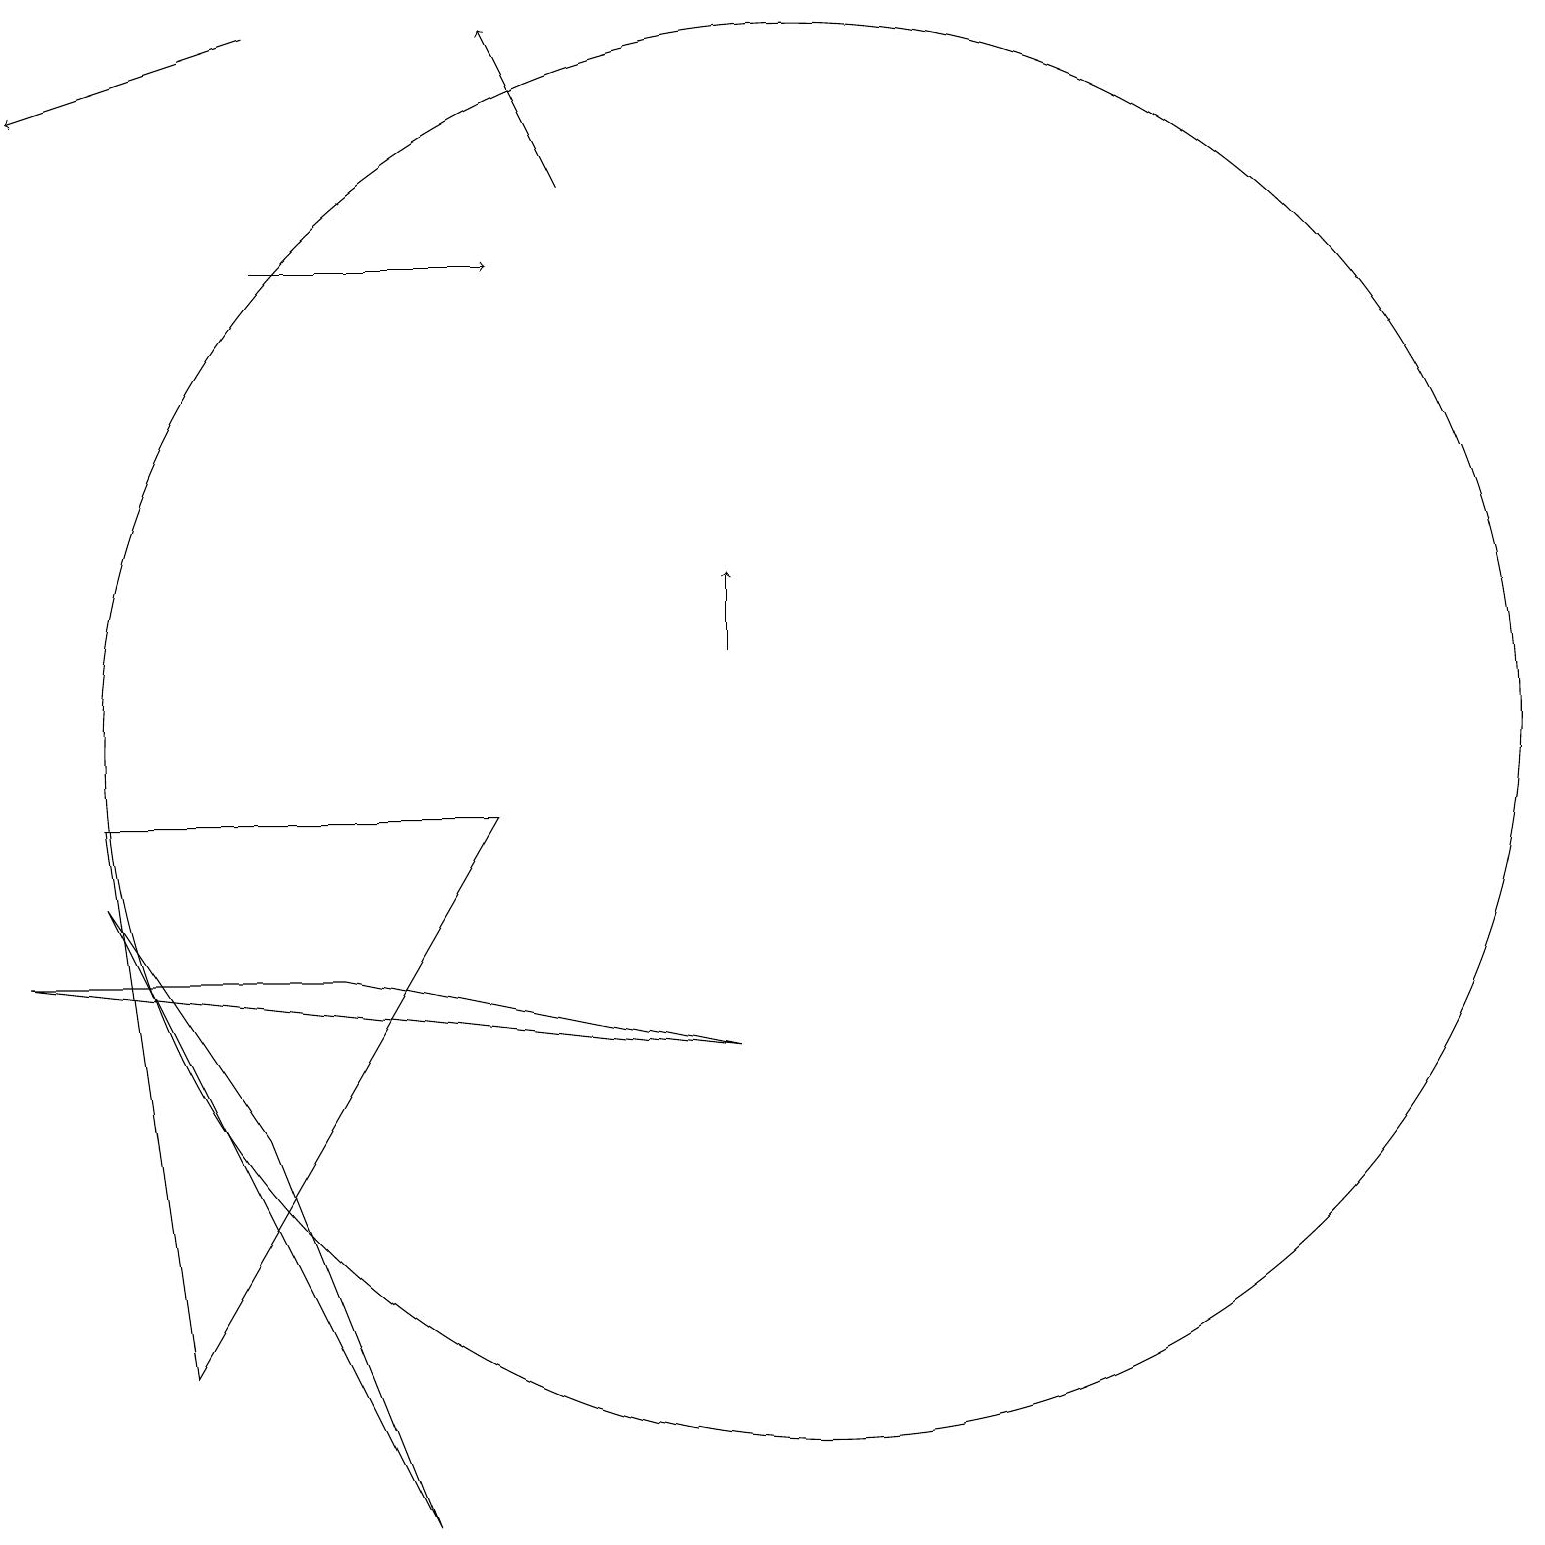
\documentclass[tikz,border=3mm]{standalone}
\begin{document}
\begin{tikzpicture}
\draw (10,10) circle (9);
\draw (6,9) -- (2,2) -- (1,9) -- cycle;
\draw[->] (3,16) -- (6,16);
\draw (5,0) -- (3,5) -- (1,8) -- cycle;
\draw[->] (9,11) -- (9,12);
\draw[->] (7,17) -- (6,19);
\draw (4,7) -- (0,7) -- (9,6) -- cycle;
\draw[->] (3,19) -- (0,18);
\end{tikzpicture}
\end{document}